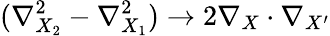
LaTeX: (\nabla_{X_{2}}^{2}-\nabla_{X_{1}}^{2})\rightarrow 2\nabla_{X}\cdot\nabla_{X^{\prime}}